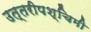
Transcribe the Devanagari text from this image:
उत्तरीपश्चिमी